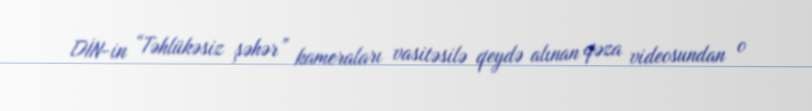
DİN-in “Təhlükəsiz şəhər” kameraları vasitəsilə qeydə alınan qəza videosundan o